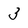
Character: 3